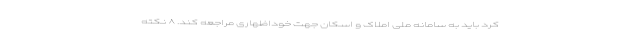
کرد باید به سامانه ملی املاک و اسکان جهت خوداظهاری مراجعه کند. ۸ نکته